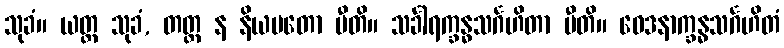
သုခံ။ ယတ္ထ သုခံ, တတ္ထ န နိယမတော ပီတိ။ သင်္ခါရက္ခန္ဓသင်္ဂဟိတာ ပီတိ။ ဝေဒနာက္ခန္ဓသင်္ဂဟိတံ